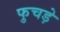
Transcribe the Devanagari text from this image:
फुचड़े